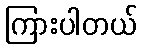
ကြားပါတယ်